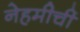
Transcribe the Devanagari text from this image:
नेहमीचीं